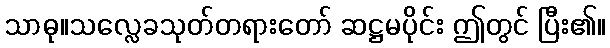
သာဓု။သလ္လေခသုတ်တရားတော် ဆဋ္ဌမပိုင်း ဤတွင် ပြီး၏။